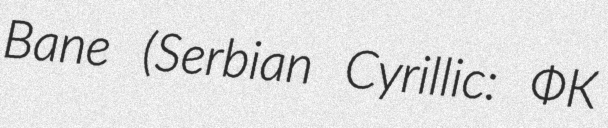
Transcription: Bane (Serbian Cyrillic: ФК